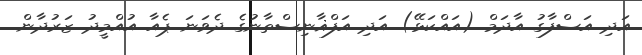
އަދި އަސްފާގު އާދަމް (އައްކަޅޭ) އަދި އަފްޣާނިސްތާނުގެ ދެވަނަ ޕެއާ އުއްމީދު ޒަރުދާން